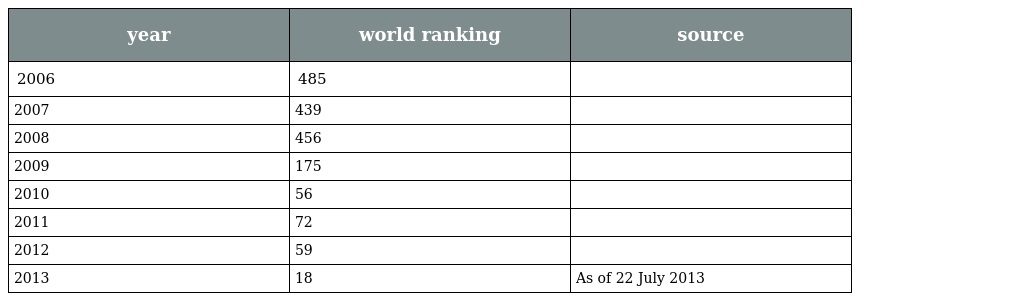
| year | world ranking | source |
 | --- | --- | --- |
 | 2006 | 485 |  |
 | 2007 | 439 |  |
 | 2008 | 456 |  |
 | 2009 | 175 |  |
 | 2010 | 56 |  |
 | 2011 | 72 |  |
 | 2012 | 59 |  |
 | 2013 | 18 | As of 22 July 2013 |